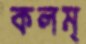
কলম্